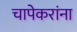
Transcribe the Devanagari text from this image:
चापेकरांना